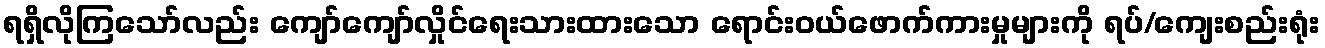
ရရှိလိုကြသော်လည်း ကျော်ကျော်လှိုင်ရေးသားထားသော ရောင်းဝယ်ဖောက်ကားမှုများကို ရပ်/ကျေးစည်းရုံး